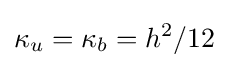
\kappa _{u}=\kappa _{b}=h^{2}/12